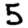
Digit: 5